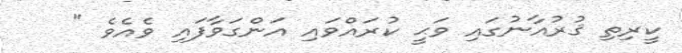
ކީރިތި ޤުރުއާނުގައި ވަޙީ ކުރައްވައި އަންގަވާފައި ވެއެވެ "